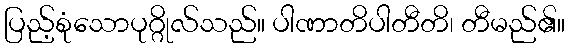
ပြည့်စုံသောပုဂ္ဂိုလ်သည်။ ပါဏာတိပါတီတိ၊ တီမည်၏။